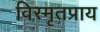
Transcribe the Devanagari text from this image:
विस्मृतप्राय